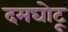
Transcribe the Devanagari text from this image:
दमघोटू